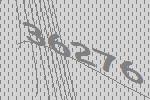
36276